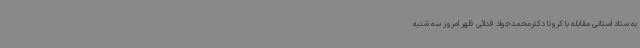
به ستاد استانی مقابله با کرونا دکترمحمدجواد فدائی ظهر امروز سه شنبه